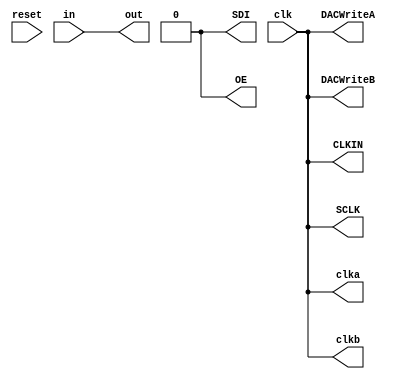
`timescale 1ns / 1ps
//////////////////////////////////////////////////////////////////////////////////
// Company: 
// Engineer: 
// 
// Design Name: 
// Module Name:    ADCtoDAC 
// Project Name: 
// Target Devices: 
// Tool versions: 
// Description: 
//
// Dependencies: 
//
// Revision: 
// Revision 0.01 - File Created
// Additional Comments: 
//
//////////////////////////////////////////////////////////////////////////////////
module ADCtoDAC(
	 input clk,
    input reset,
    output [9:0] out,
	 output clka,
	 output clkb,
	 output DACWriteA,
	 output DACWriteB,
	 
	 input [9:0] in,
	 output SDI,
	 output CLKIN,
	 output OE,
	 output SCLK
    );

assign SDI = 1'b0;
assign OE =	1'b0;
assign CLKIN = clk;
assign SCLK = clk;

assign clka = clk;
assign clkb = clk;
assign DACWriteA = clk;
assign DACWriteB = clk;

assign out = in;

endmodule